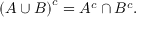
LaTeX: \left( A \cup B \right) ^ { c } = A ^ { c } \cap B ^ { c } .